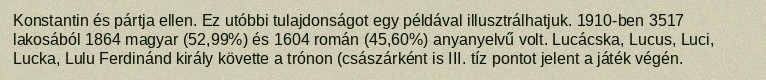
Konstantin és pártja ellen. Ez utóbbi tulajdonságot egy példával illusztrálhatjuk. 1910-ben 3517 lakosából 1864 magyar (52,99%) és 1604 román (45,60%) anyanyelvű volt. Lucácska, Lucus, Luci, Lucka, Lulu Ferdinánd király követte a trónon (császárként is III. tíz pontot jelent a játék végén.